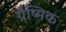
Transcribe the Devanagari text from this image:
ग्रैष्मिक